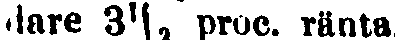
dare 3⅓, proc. ränta.